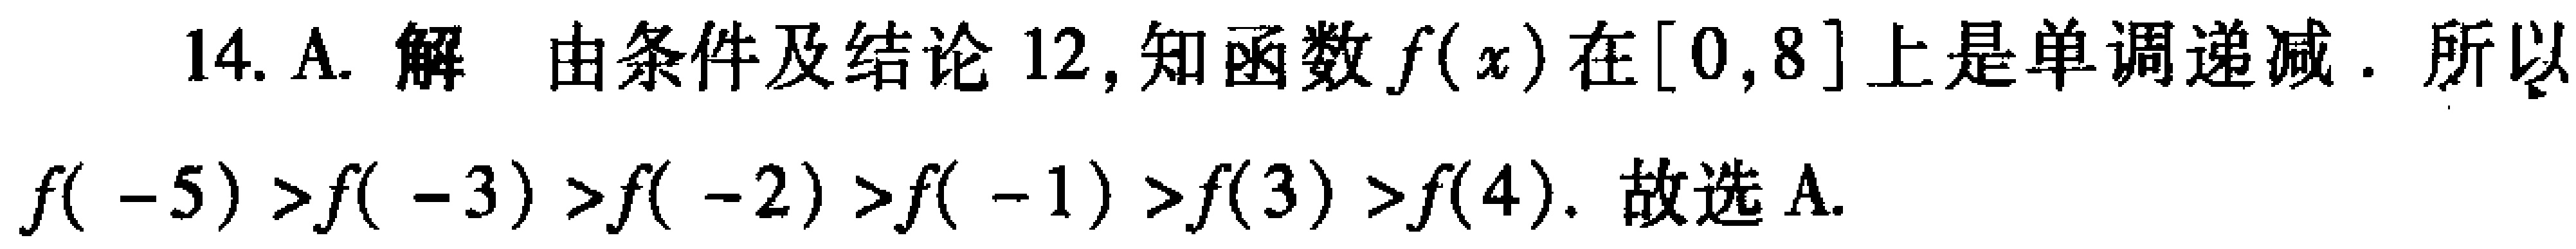
14. A. 解 由条件及结论 12, 知函数\(f(x)\)在\([0,8]\)上是单调递减. 所以\(f(-5)>f(-3)>f(-2)>f(-1)>f(3)>f(4)\). 故选 A.